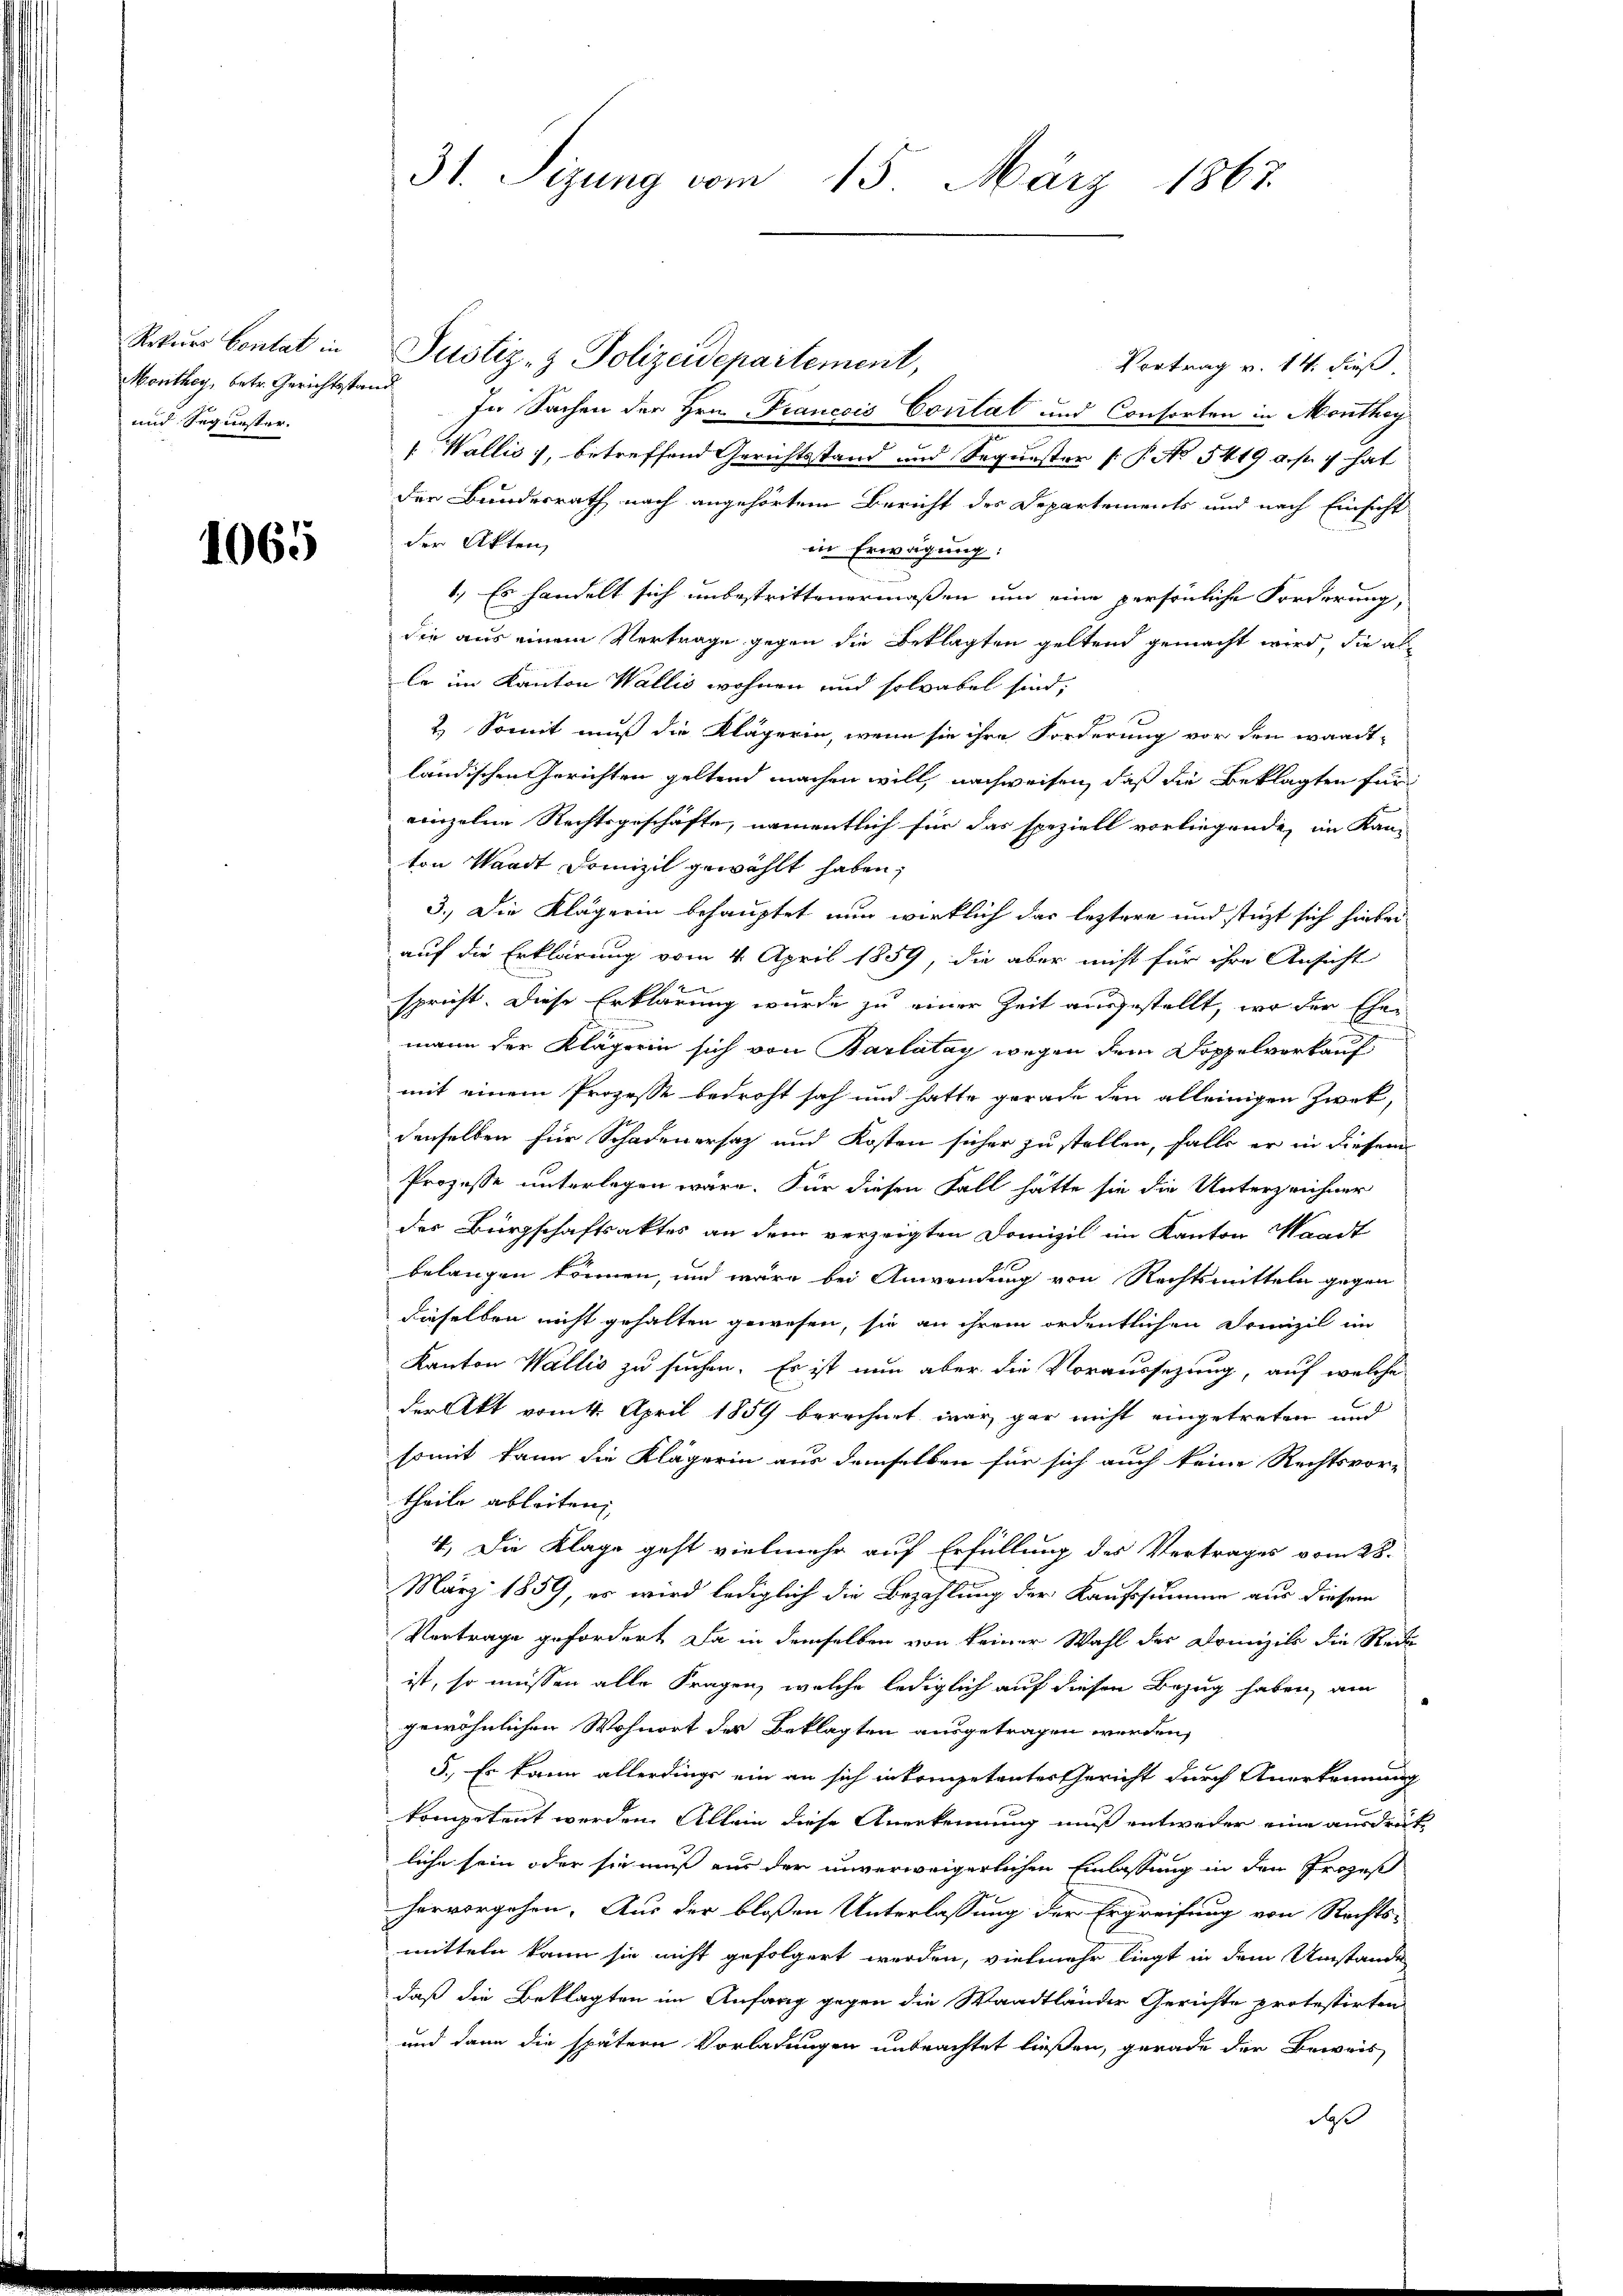
Rekoors Contat in
Monthey, betr. Gerichtsstan
und Segnester.

1065

31. Sizung vom 15. März 1867.

Justiz- & Polizeidepartement,
Vortrag v. 14. dieß
.
In Sachen der Hrn. Francois Contat und Consorten in Monthey
 Wallis, betreffend Gerichtsstand und Sequester (: P. No 5419 u. s g hat
der Bundesrath nach angehörtem Bericht der Departements und nach Einsicht
der Akten,
in Erwägung:
1.) Es handelt sich unbestrittenermaßen und eine persönliche Forderung,
die aus einem Vertrage gegen die Beklagten geltend gemacht wird, die als
le im Kanton Wallis wohnen und solvabel sind,
2.) Somit muß die Klägerin, wenn sie ihre Forderung vor den wardt-
ländischen Gerichten geltend machen will, nachweisen, daß die Beklagten für
einzelne Rechtsgeschäfte, namentlich für das speziell vorliegende, im Kan-
ton Waadt Domizil gewählt haben;
3.) Die Klägerin behauptet nun wirklich das leztere und stüzt sich hierbei
auf die Erklärung vom 4. April 1859, die aber nicht für ihre Ansicht
spricht. Diese Erklärung wurde zu einer Zeit ausgestellt, wo der Ehemann der Klägerin sich von Barlátay wegen dem Doppelverkauf
mit einem Prozesse bedroht sah und hatte gerade den alleinigen Zwek,
denselben für Schadenersatz und Kosten sicher zu stellen, falls er in diesem
Prozesse unterlegen wäre. Für diesen Fall hätte sie die Unterzeichner
der Bürgschaftsaktes an dem verzeigten Domizil im Kanton Waadt
belangen können, und wäre bei Anwendung von Rechtsmitteln gegen
dieselben nicht gehalten gewesen, sie an ihrem ordentlichen Domizil im
Kanton Wallis zu suchen. Es ist nun aber die Voraussezung, auf welche
der Akt vom 1. April 1859 berechnet war, gar nicht eingetreten und
somit kann die Klägerin aus demselben für sich auch keine Rechtsvor-
theile ableiten,
4) Die Klage geht vielmehr auf Erfüllung des Vertrages vom 28.
März 1859, es wird lediglich die Bezahlung der Kaufssumme aus diesem
Vertrage gefordert. Da in demselben von keiner Wahl der Drinzils die Rect
ist, so müssen alle Fragen, welche lediglich auf diesen Bezug haben, am
gewöhnlichen Wohnort der Beklagten ausgetragen werden,
5., Es kann allerdings ein an sich in kompetentes Gericht durch Anerkennung
kompetent werden. Allein diese Anerkennung muß entweder eine ausdrükliche sein oder sie muß aus der unverweigerlichen Einlassung in den Prozeß
hervorgehen. Aus der bloßen Unterlassung der Ergreifung von Rechts-
mitteln kann sie nicht gefolgert werden, vielmehr liegt in dem Umstande
daß die Beklagten im Anfang gegen die Waadtländer Gerichte protestirten
und dann die spätern Vorladungen unbeachtet ließen, gerade der Beweis
daß